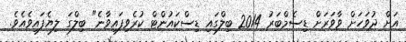
އަށް ދުވަހަށް ވާވަރަށް ޑިސެމްބަރު 2014 ބިލްގައި ޑިސްކައުންޓް ކުރެވިފައިވާނެ" ބިލްގަ ލިޔެފައިވެއެވެ.